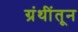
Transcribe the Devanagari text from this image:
ग्रंथींतून